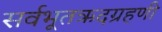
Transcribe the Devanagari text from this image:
सर्वभूतऋदग्रहणी